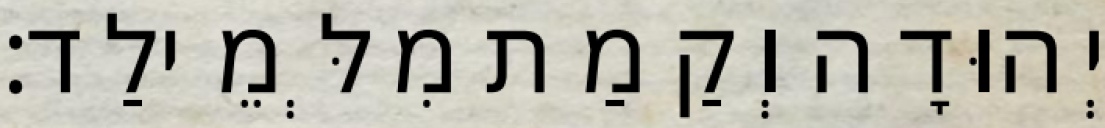
יְהוּדָה וְקַמַת מִלְּמֵילַד׃